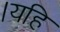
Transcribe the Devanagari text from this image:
।यहि